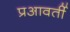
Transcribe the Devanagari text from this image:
प्रआवर्ती